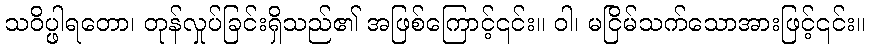
သဝိပ္ဖါရတော၊ တုန်လှုပ်ခြင်းရှိသည်၏ အဖြစ်ကြောင့်၎င်း။ ဝါ၊ မငြိမ်သက်သောအားဖြင့်၎င်း။